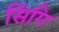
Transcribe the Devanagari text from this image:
सिंगि